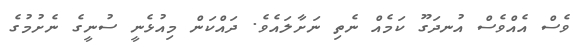
ވެސް އެއްވެސް އުނދަގޫ ކަމެއް ނެތި ނަށާލައެވެ. ދައްކަން މިއުޅެނީ ސުނީގެ ނެށުމުގެ